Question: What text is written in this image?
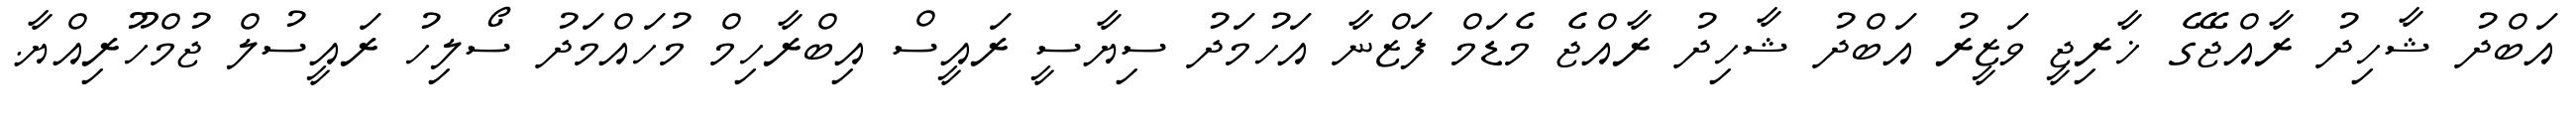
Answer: އަބްދު ޝާހިދު ރާއްޖޭގެ ޚާރިޖީ ވަޒީރު އަބްދު ޝާހިދު ރާއްޖެ މެޑަމް ފަޒްނާ އަހުމަދު ސިޔާސީ ރައީސް އިބްރާހިމް މުހައްމަދު ސޯލިހު ރައީސުލް ޖުމްހޫރިއްޔާ.